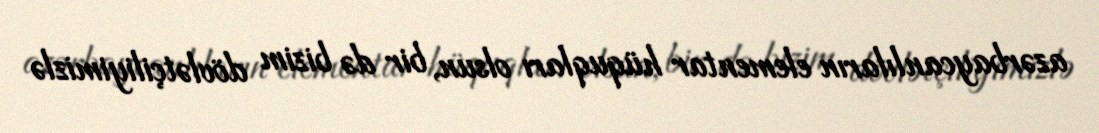
azərbaycanlıların elementar hüquqları olsun, bir də bizim dövlətçiliyimizlə